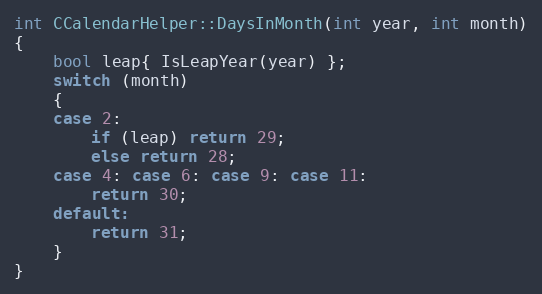
Language: C++
int CCalendarHelper::DaysInMonth(int year, int month)
{
	bool leap{ IsLeapYear(year) };
	switch (month)
	{
	case 2:
		if (leap) return 29;
		else return 28;
	case 4: case 6: case 9: case 11:
		return 30;
	default:
		return 31;
	}
}